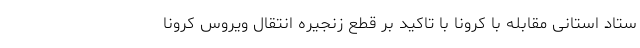
ستاد استانی مقابله با کرونا با تاکید بر قطع زنجیره انتقال ویروس کرونا